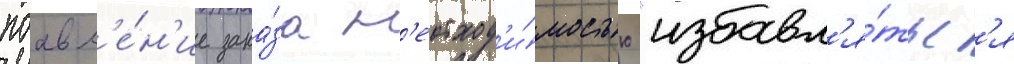
поавл'е́н'ие зака́за н'еобход'и́мостью "избавл'я́тьс'я